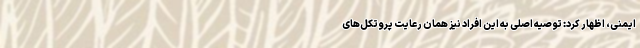
ایمنی، اظهار کرد: توصیه اصلی به این افراد نیز همان رعایت پروتکل‌های